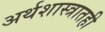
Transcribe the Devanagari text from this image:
अर्थशास्त्रातही